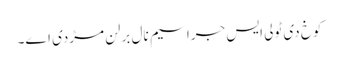
کوخ دی ٹولی ایس جراسیم نال برلن مڑدی اے۔